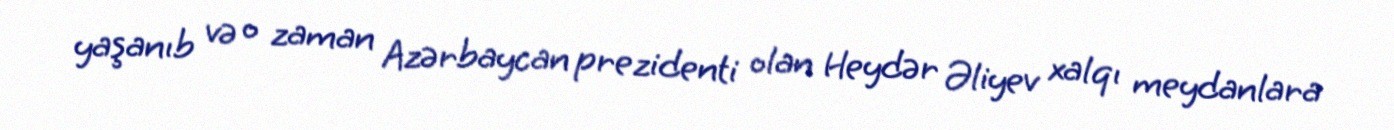
yaşanıb və o zaman Azərbaycan prezidenti olan Heydər Əliyev xalqı meydanlara